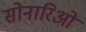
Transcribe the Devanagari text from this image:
सोनारिओ